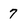
Character: 7